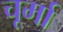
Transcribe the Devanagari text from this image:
चूर्मा